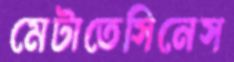
মেটাতেসিনেস